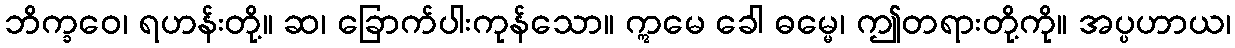
ဘိက္ခဝေ၊ ရဟန်းတို့။ ဆ၊ ခြောက်ပါးကုန်သော။ ဣမေ ခေါ ဓမ္မေ၊ ဤတရားတို့ကို။ အပ္ပဟာယ၊